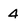
Character: 4